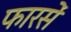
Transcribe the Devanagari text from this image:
फारसें